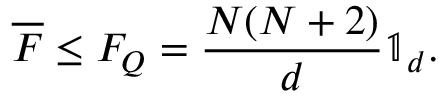
\overline { F } \leq F _ { Q } = \frac { N ( N + 2 ) } { d } \mathbb { 1 } _ { d } .